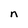
Character: n